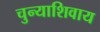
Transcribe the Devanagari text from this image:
चुन्याशिवाय